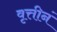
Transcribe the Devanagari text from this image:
वृत्तीनं